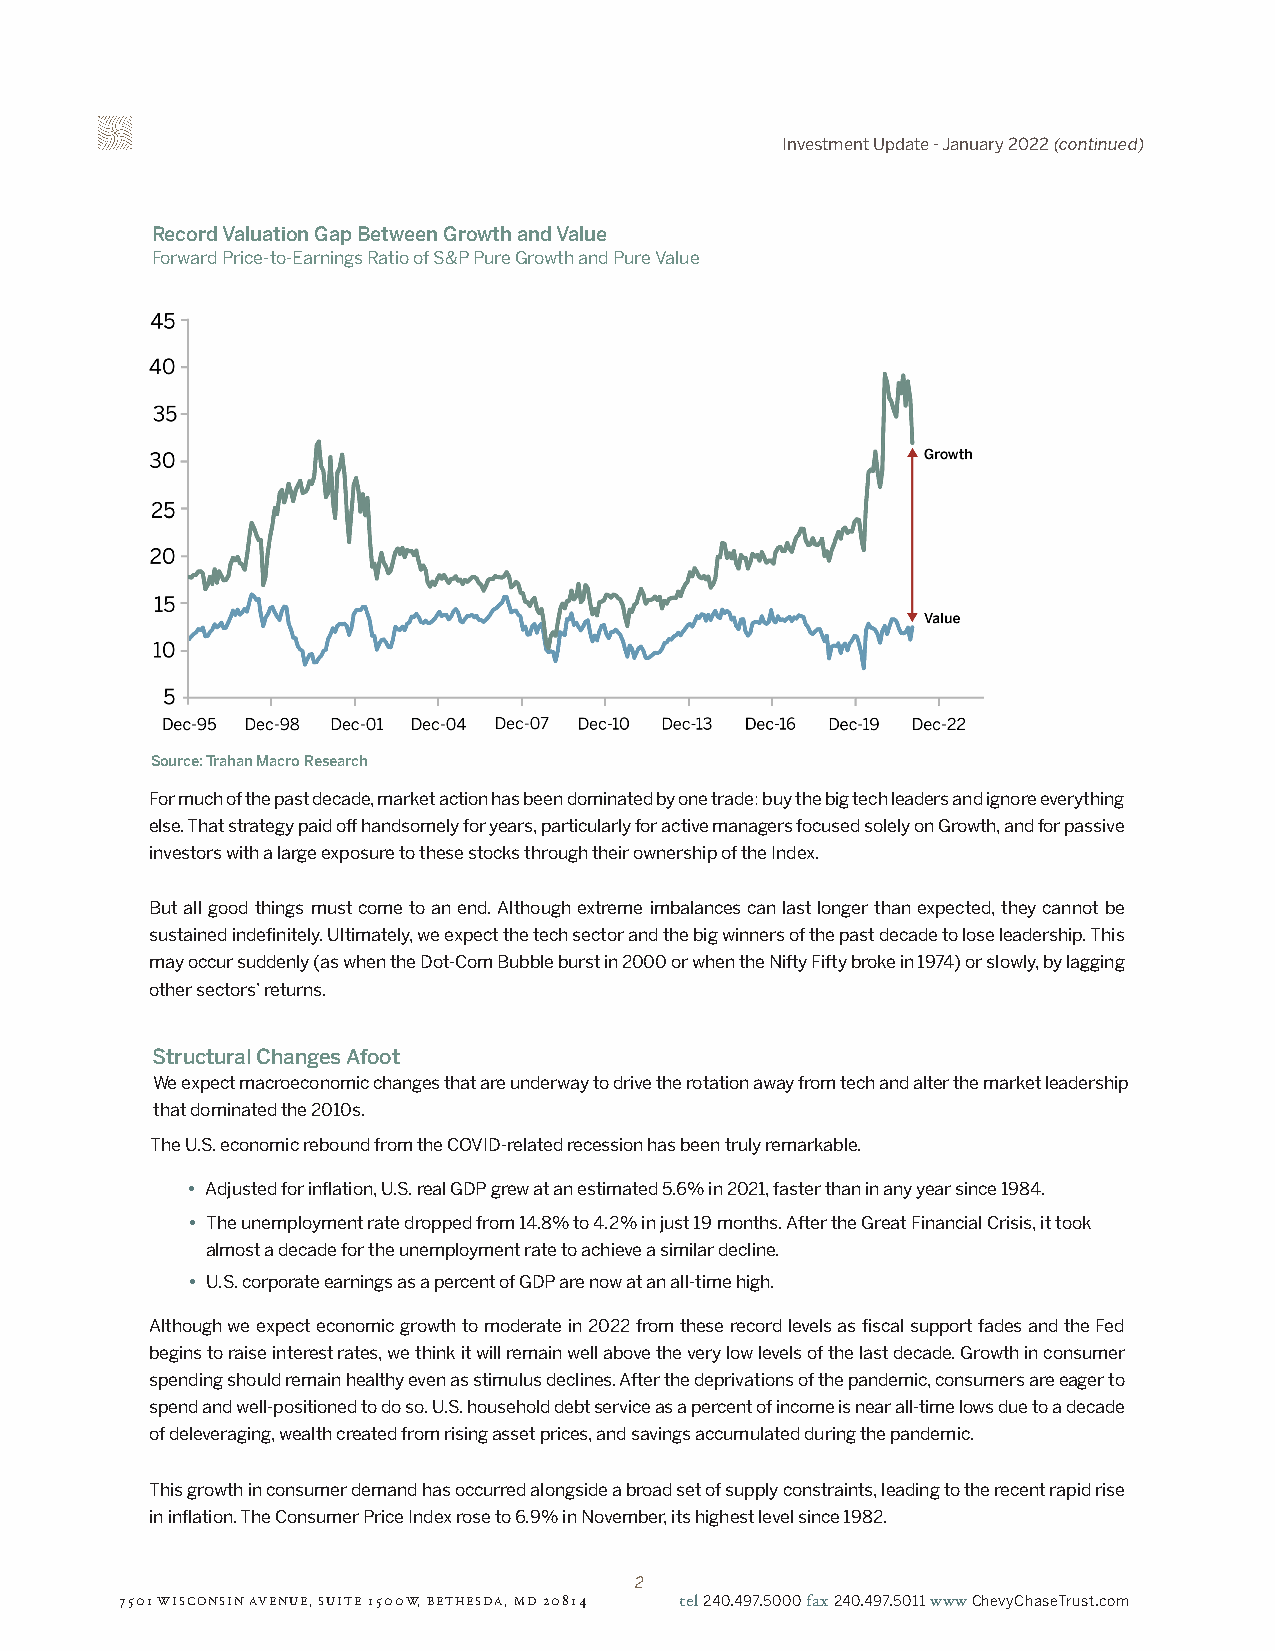
Investment Update - January 2022 (continued)
 Record Valuation Gap Between Growth and Value
 Forward Price-to-Earnings Ratio of S&P Pure Growth and Pure Value
 Source: Trahan Macro Research
 For much of the past decade, market action has been dominated by one trade: buy the big tech leaders and ignore everything
 else. That strategy paid off handsomely for years, particularly for active managers focused solely on Growth, and for passive
 investors with a large exposure to these stocks through their ownership of the Index.
 But all good things must come to an end. Although extreme imbalances can last longer than expected, they cannot be
 sustained indefinitely. Ultimately, we expect the tech sector and the big winners of the past decade to lose leadership. This
 may occur suddenly (as when the Dot-Com Bubble burst in 2000 or when the Nifty Fifty broke in 1974) or slowly, by lagging
 other sectors’ returns.
 Structural Changes Afoot
 We expect macroeconomic changes that are underway to drive the rotation away from tech and alter the market leadership
 that dominated the 2010s.
 The U.S. economic rebound from the COVID-related recession has been truly remarkable.
 • Adjusted for inflation, U.S. real GDP grew at an estimated 5.6% in 2021, faster than in any year since 1984.
 • The unemployment rate dropped from 14.8% to 4.2% in just 19 months. After the Great Financial Crisis, it took
 almost a decade for the unemployment rate to achieve a similar decline.
 • U.S. corporate earnings as a percent of GDP are now at an all-time high.
 Although we expect economic growth to moderate in 2022 from these record levels as fiscal support fades and the Fed
 begins to raise interest rates, we think it will remain well above the very low levels of the last decade. Growth in consumer
 spending should remain healthy even as stimulus declines. After the deprivations of the pandemic, consumers are eager to
 spend and well-positioned to do so. U.S. household debt service as a percent of income is near all-time lows due to a decade
 of deleveraging, wealth created from rising asset prices, and savings accumulated during the pandemic.
 This growth in consumer demand has occurred alongside a broad set of supply constraints, leading to the recent rapid rise
 in inflation. The Consumer Price Index rose to 6.9% in November, its highest level since 1982.
 2
 7501 WISCONSIN AVENUE, SUITE 1500W, BETHESDA, MD 20814 tel 240.497.5000 fax 240.497.5011 www ChevyChaseTrust.com